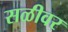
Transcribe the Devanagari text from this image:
सळीवर